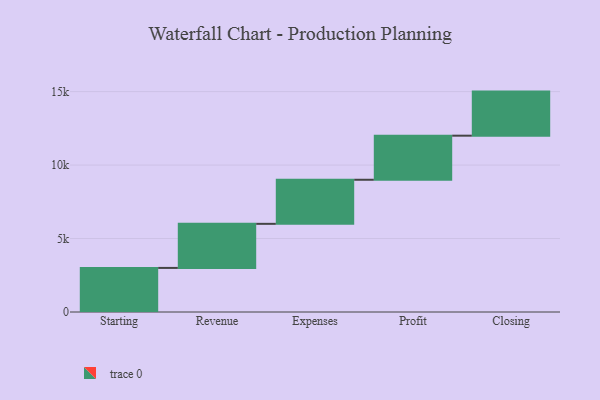
{"axis": {"x": "Step", "y": "Value"}, "legend": [""], "data": [{"x": "Starting", "y": 3000, "type": ""}, {"x": "Revenue", "y": 3000, "type": ""}, {"x": "Expenses", "y": 3000, "type": ""}, {"x": "Profit", "y": 3000, "type": ""}, {"x": "Closing", "y": 3000, "type": ""}]}